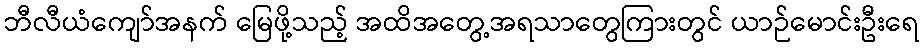
ဘီလီယံကျော်အနက် မြေဖို့သည့် အထိအတွေ့အရသာတွေကြားတွင် ယာဉ်မောင်းဦးရေ